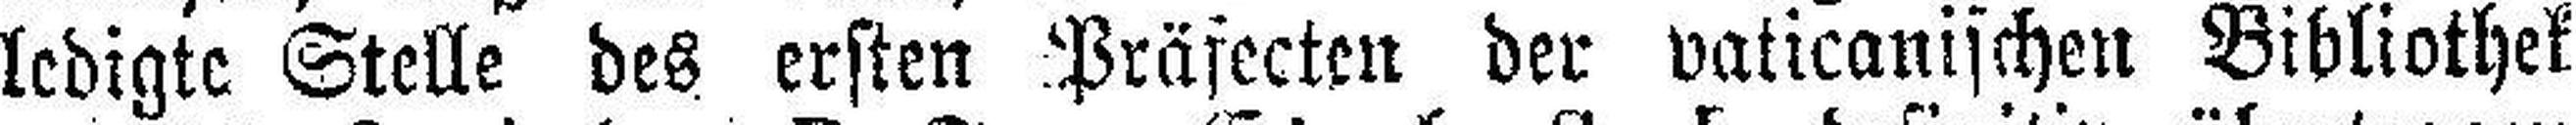
ledigte Stelle des ersten Präfecten der vaticanischen Bibliothek